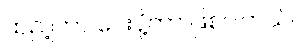
ထည့်ကာ ပေးပို့တာ ဖြစ်ပါတယ်။